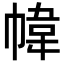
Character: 幃